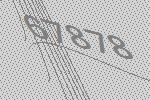
67878